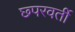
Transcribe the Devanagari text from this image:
छ्परवर्ती